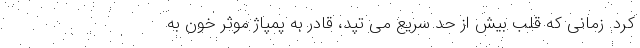
کرد. زمانی که قلب بیش از حد سریع می تپد، قادر به پمپاژ موثر خون به